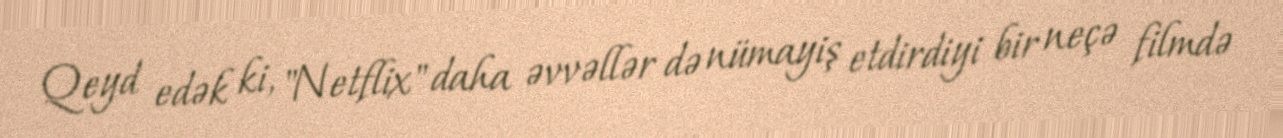
Qeyd edək ki, "Netflix" daha əvvəllər də nümayiş etdirdiyi bir neçə filmdə